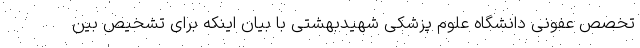
تخصص عفونی دانشگاه علوم پزشکی شهیدبهشتی با بیان اینکه برای تشخیص بین